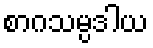
စာဂသမ္ပဒါယ